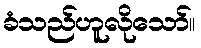
ခံသည်ဟူလိုသော်။